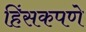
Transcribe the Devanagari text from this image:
हिंसकपणे